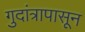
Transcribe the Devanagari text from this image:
गुदांत्रापासून